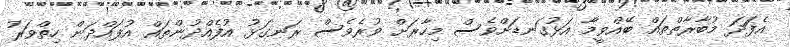
އެފަަދަ މުބާރާތްތައް ބޭއްވީމާ އަޅުގަނޑަށްވެސް މިހާރަށް ވުރެވެސް ރަނގަޅު އުފެއްދުންތައް އުފައްދަން ހިތްވަރު